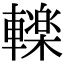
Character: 𮝩